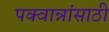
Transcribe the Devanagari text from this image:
पक्वान्नांसाठी